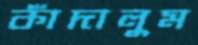
কাঁদালুম